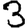
Digit: 3